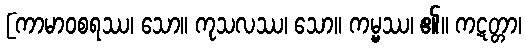
[ကာမာဝစရဿ၊ သော။ ကုသလဿ၊ သော။ ကမ္မ္မဿ၊ ၏။ ကဋတ္တာ၊